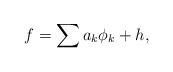
LaTeX: \begin{align*}f=\sum a_{k}\phi _{k}+h\mbox{,} \end{align*}